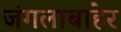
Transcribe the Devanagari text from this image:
जंगलाबाहेर